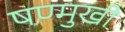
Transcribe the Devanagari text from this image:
षण्मुखी